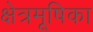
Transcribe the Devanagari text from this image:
क्षेत्रमूषिका